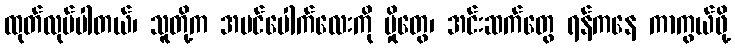
ထုတ်လုပ်ပါတယ်၊ သူတို့က အပင်ပေါက်လေးကို မှိုတွေ၊ အင်းဆက်တွေ ရန်ကနေ ကာကွယ်ဖို့